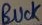
Text: BUCK